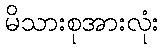
မိသားစုအားလုံး